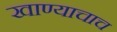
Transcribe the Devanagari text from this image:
खाण्याचाच